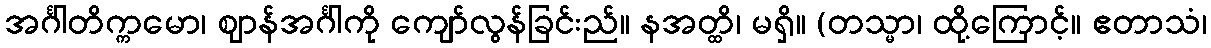
အင်္ဂါတိက္ကမော၊ ဈာန်အင်္ဂါကို ကျော်လွန်ခြင်းည်။ နအတ္ထိ၊ မရှိ။ (တသ္မာ၊ ထို့ကြောင့်။ ဧတာသံ၊